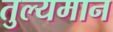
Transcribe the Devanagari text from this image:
तुल्यमान